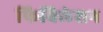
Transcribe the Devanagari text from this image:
फिबिलेशन